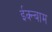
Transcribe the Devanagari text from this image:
ईक्न्बाम